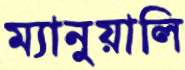
ম্যানুয়ালি